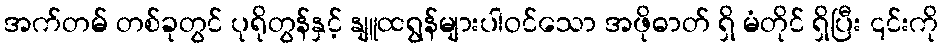
အက်တမ် တစ်ခုတွင် ပုရိုတွန်နှင့် နျူထရွန်များပါဝင်သော အဖိုဓာတ် ရှိ မံတိုင် ရှိပြီး ၎င်းကို